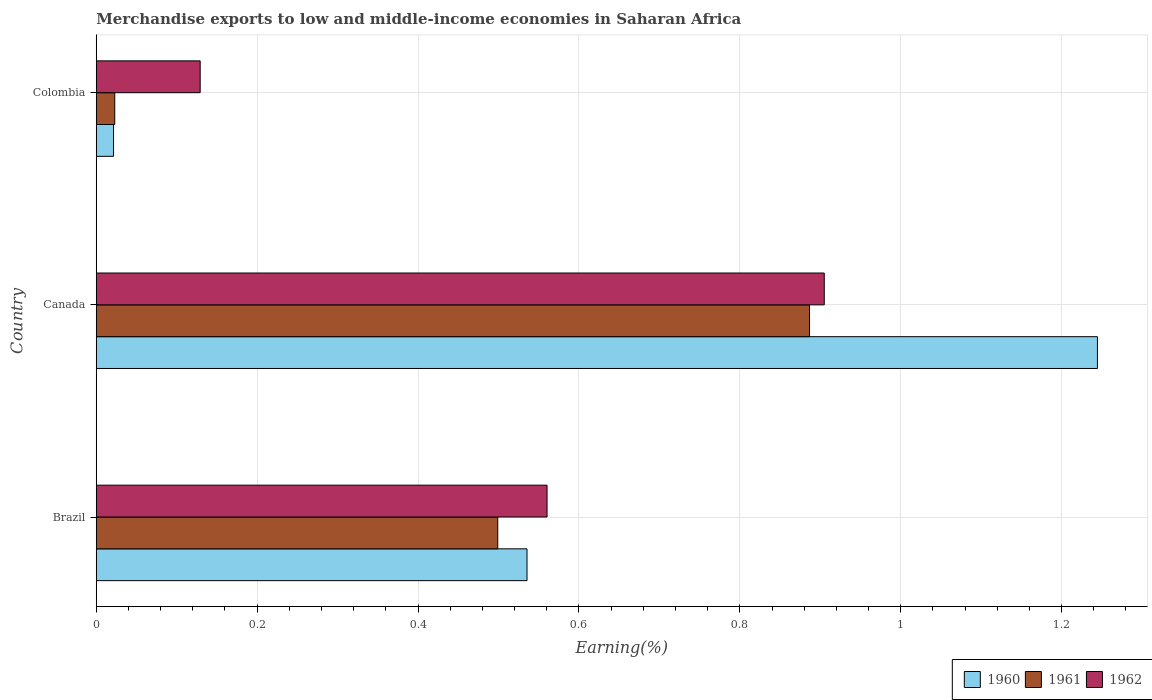
| Country | 1960 | 1961 | 1962 |
 | --- | --- | --- | --- |
 | Brazil | 0.535 | 0.499 | 0.56 |
 | Canada | 1.24 | 0.887 | 0.905 |
 | Colombia | 0.0215 | 0.023 | 0.129 |